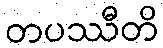
တပဿီတိ